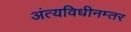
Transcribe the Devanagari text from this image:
अंत्यविधीनम्तर